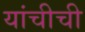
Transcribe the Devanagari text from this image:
यांचीची